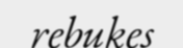
rebukes